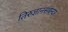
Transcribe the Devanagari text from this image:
तिरुज्ञानसंबन्दर